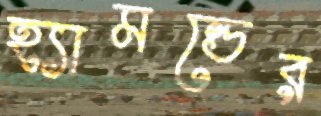
হ্যামন্ডের